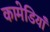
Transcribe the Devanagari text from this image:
कामेडियाँ